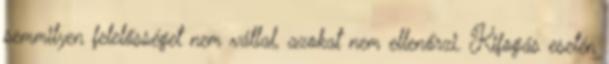
semmilyen felelősséget nem vállal, azokat nem ellenőrzi. Kifogás esetén